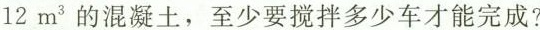
12m^{3}的混凝土，至少要搅拌多少车才能完成?